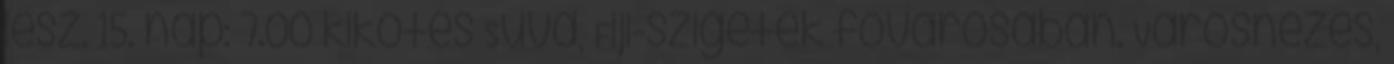
lesz. 15. nap: 7.00 kikötés Suva, Fiji-szigetek fővárosában. Városnézés,